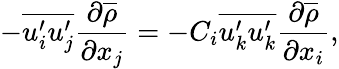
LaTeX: -\overline{{u_{i}^{\prime}u_{j}^{\prime}}}\frac{\partial\overline{{\rho}}}{\partial x_{j}}=-C_{i}\overline{{u_{k}^{\prime}u_{k}^{\prime}}}\frac{\partial\overline{{\rho}}}{\partial x_{i}},